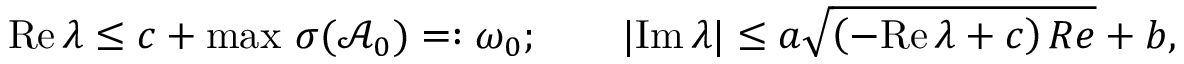
\mathrm { R e } \, \lambda \leq c + \operatorname* { m a x } \, \sigma ( \mathcal { A } _ { 0 } ) = : \omega _ { 0 } ; \qquad | \mathrm { I m } \, \lambda | \leq a \sqrt { \left( - \mathrm { R e } \, \lambda + c \right) R e } + b ,